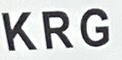
K R G